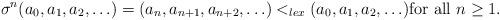
LaTeX: \begin{align*}\sigma^{n}(a_0, a_{1}, a_{2}, \ldots)=(a_n, a_{n+1}, a_{n+2}, \ldots) <_{lex} (a_0, a_1, a_2, \ldots) \mbox{for all}~ n \geq 1.\end{align*}